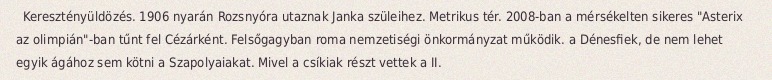
Keresztényüldözés. 1906 nyarán Rozsnyóra utaznak Janka szüleihez. Metrikus tér. 2008-ban a mérsékelten sikeres "Asterix az olimpián"-ban tűnt fel Cézárként. Felsőgagyban roma nemzetiségi önkormányzat működik. a Dénesfiek, de nem lehet egyik ágához sem kötni a Szapolyaiakat. Mivel a csíkiak részt vettek a II.